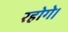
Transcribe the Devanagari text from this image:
रहोगे।